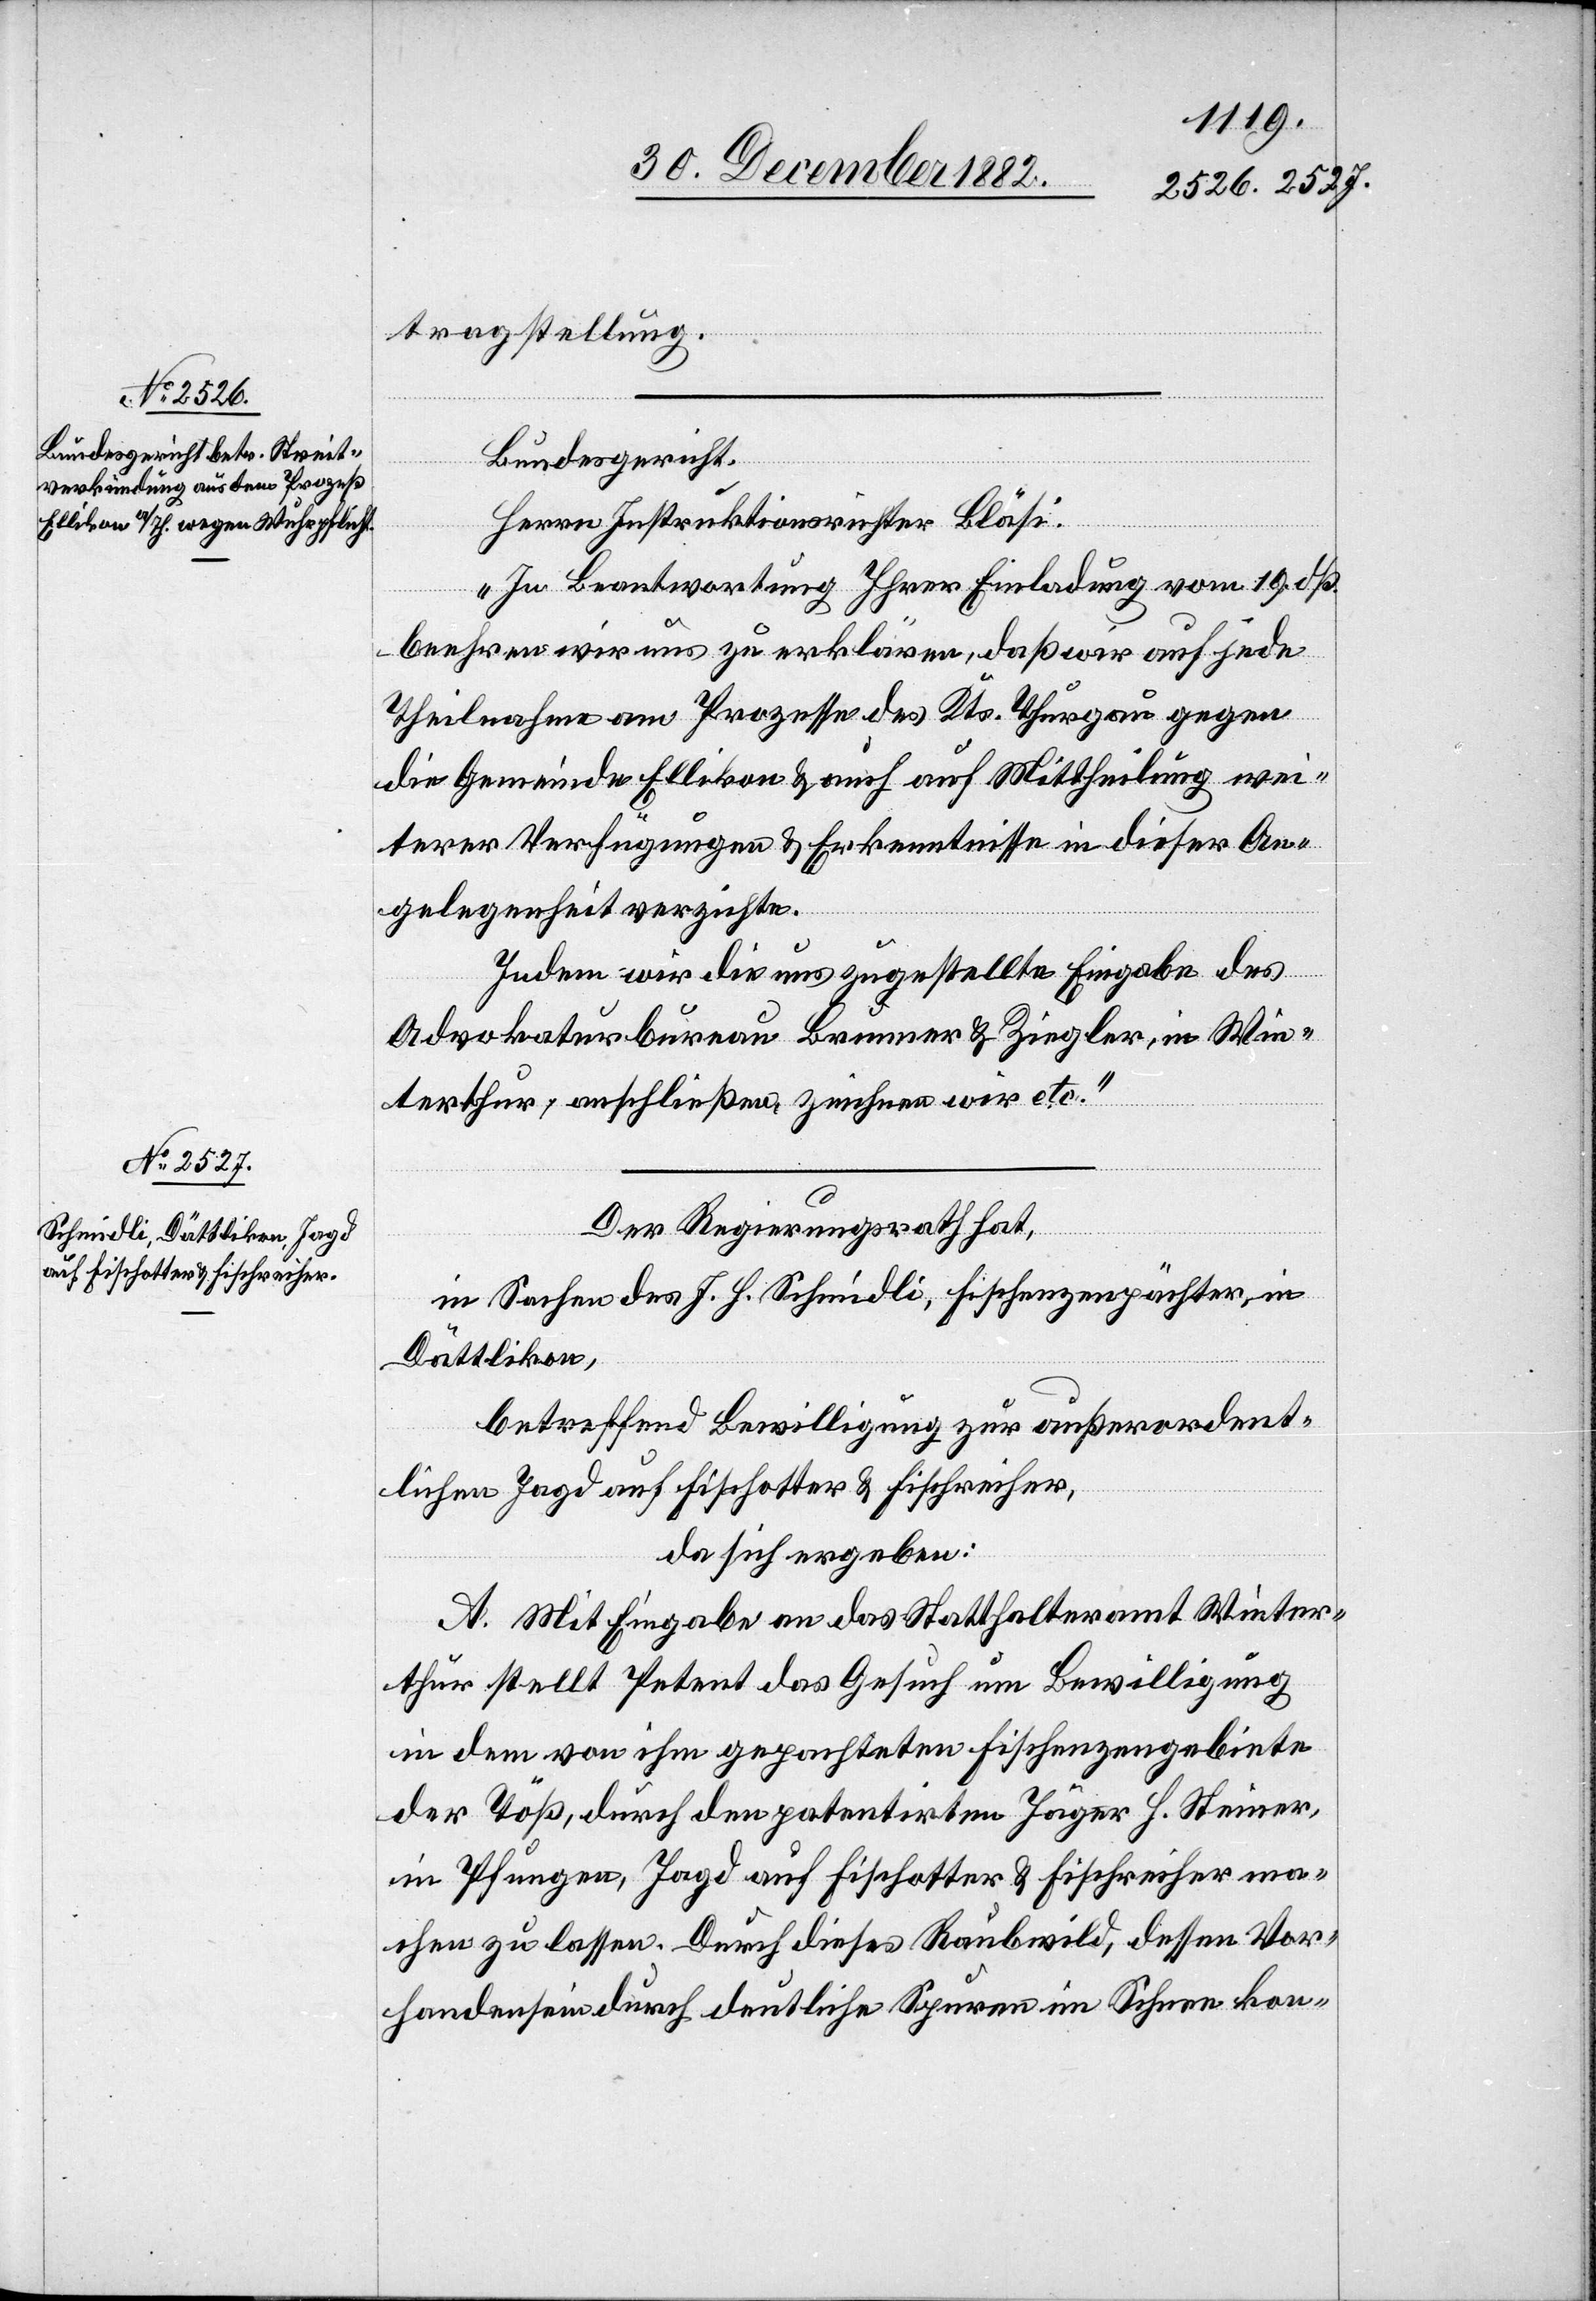
tragstellung.
Bundesgericht.
Herrn Instruktionsrichter Bläsi.
„In Beantwortung Ihrer Einladung vom 19 dß.
beehren wir uns zu erklären, daß wir auf jede
Theilnahme am Prozesse des Kts. Thurgau gegen
die Gemeinde Ellikon & auch auf Mittheilung wei¬
terer Verfügungen & Erkenntnisse in dieser An¬
gelegenheit verzichte[n].
Indem wir die uns zugestellte Eingabe des
Advokaturbureau Brunner & Ziegler, in Win¬
terthur, anschließen, zeichnen wir etc.“
Der Regierungsrath hat,
in Sachen des J. H. Schmidli, Fischenzenpächter, in
Dättlikon,
betreffend Bewilligung zur außerordent¬
lichen Jagd auf Fischotter & Fischreiher,
da sich ergeben:
A. Mit Eingabe an das Statthalteramt Winter¬
thur stellt Petent das Gesuch um Bewilligung
in dem von ihm gepachteten Fischenzengebiete
der Töß, durch den patentirten Jäger H. Steiner,
in Pfungen, Jagd auf Fischotter & Fischreiher ma¬
chen zu lassen. Durch dieses Raubwild, dessen Vor¬
handensein durch deutliche Spuren im Schnee kon-